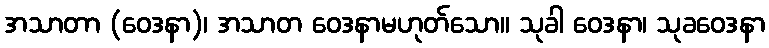
အသာတာ (ဝေဒနာ)၊ အသာတ ဝေဒနာမဟုတ်သော။ သုခါ ဝေဒနာ၊ သုခဝေဒနာ